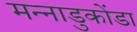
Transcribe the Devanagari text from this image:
मन्नाडुकोंडा